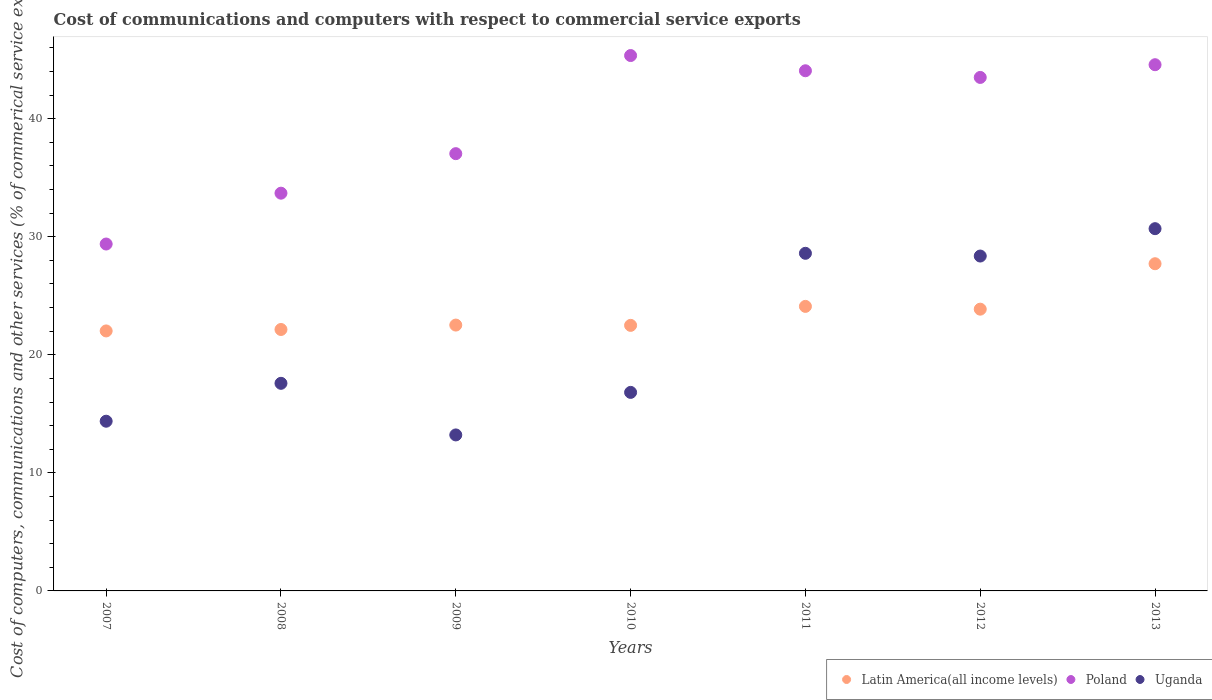
| Years | Latin America(all income levels) | Poland | Uganda |
 | --- | --- | --- | --- |
 | 2007 | 22 | 29.4 | 14.4 |
 | 2008 | 22.1 | 33.7 | 17.6 |
 | 2009 | 22.5 | 37 | 13.2 |
 | 2010 | 22.5 | 45.4 | 16.8 |
 | 2011 | 24.1 | 44.1 | 28.6 |
 | 2012 | 23.9 | 43.5 | 28.4 |
 | 2013 | 27.7 | 44.6 | 30.7 |